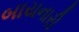
બાયનારી